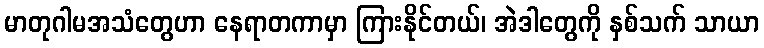
မာတုဂါမအသံတွေဟာ နေရာတကာမှာ ကြားနိုင်တယ်၊ အဲဒါတွေကို နှစ်သက် သာယာ